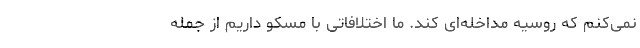
نمی‌کنم که روسیه مداخله‌ای کند. ما اختلافاتی با مسکو داریم از جمله